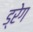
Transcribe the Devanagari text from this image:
ड्रेग